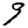
Digit: 9